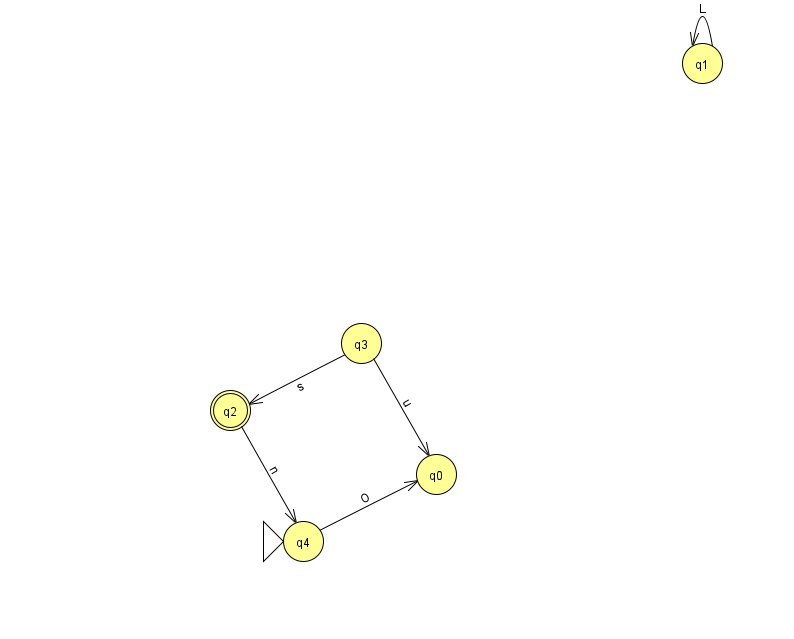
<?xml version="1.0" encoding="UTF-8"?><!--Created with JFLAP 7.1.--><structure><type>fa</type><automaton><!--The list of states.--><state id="0" name="q0"><x>436.0</x><y>461.0</y></state><state id="1" name="q1"><x>702.0</x><y>50.0</y></state><state id="2" name="q2"><x>230.0</x><y>397.0</y><final/></state><state id="3" name="q3"><x>361.0</x><y>330.0</y></state><state id="4" name="q4"><x>303.0</x><y>528.0</y><initial/></state><!--The list of transitions.--><transition><from>3</from><to>2</to><read>s</read></transition><transition><from>2</from><to>4</to><read>n</read></transition><transition><from>1</from><to>1</to><read>L</read></transition><transition><from>3</from><to>0</to><read>u</read></transition><transition><from>4</from><to>0</to><read>O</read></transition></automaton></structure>